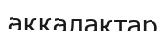
аққалақтар